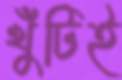
খুঁটিই